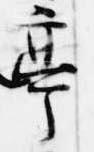
亭